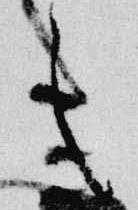
之